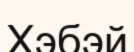
Хэбэй